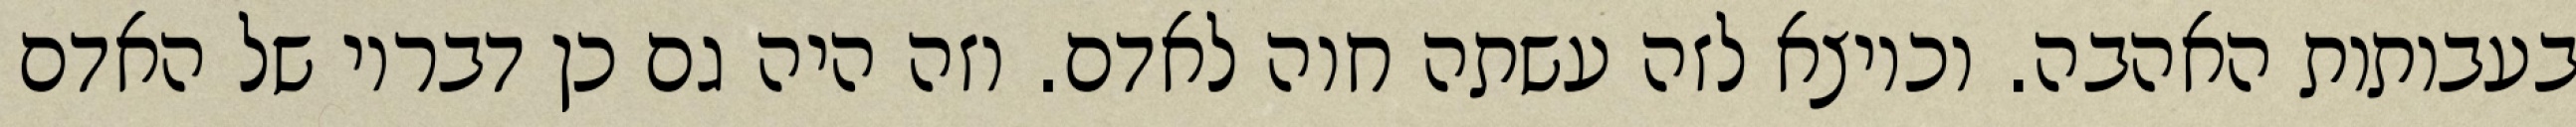
בעבותות האהבה. וכיוצא לזה עשתה חוה לאדם. וזה היה גם כן דבריו של האדם